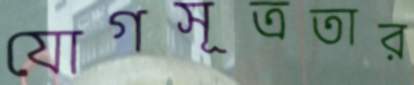
যোগসূত্রতার